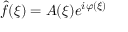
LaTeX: { \hat { f } } ( \xi ) = A ( \xi ) e ^ { i \varphi ( \xi ) }